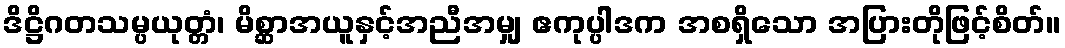
ဒိဋ္ဌိဂတသမ္ပယုတ္တံ၊ မိစ္ဆာအယူနှင့်အညီအမျှ ဧကုပ္ပါဒက အစရှိသော အပြားတိုဖြင့်စိတ်။